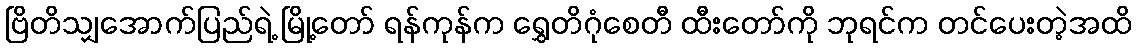
ဗြိတိသျှအောက်ပြည်ရဲ့ မြို့တော် ရန်ကုန်က ရွှေတိဂုံစေတီ ထီးတော်ကို ဘုရင်က တင်ပေးတဲ့အထိ